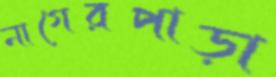
নাগেরপাড়া